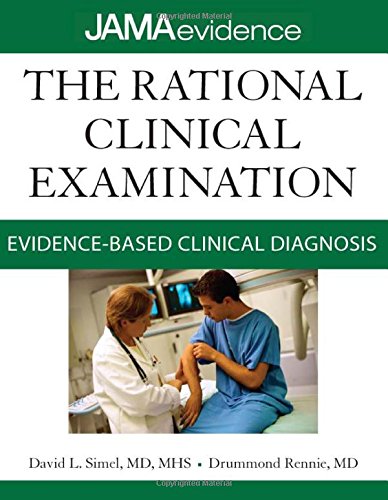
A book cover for The Rational Clinical Examination: Evidence-Based Clinical Diagnosis (Jama & Archives Journals); David Simel; Computers & Technology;